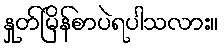
နှုတ်မြိန်စာပဲရပါသလား။